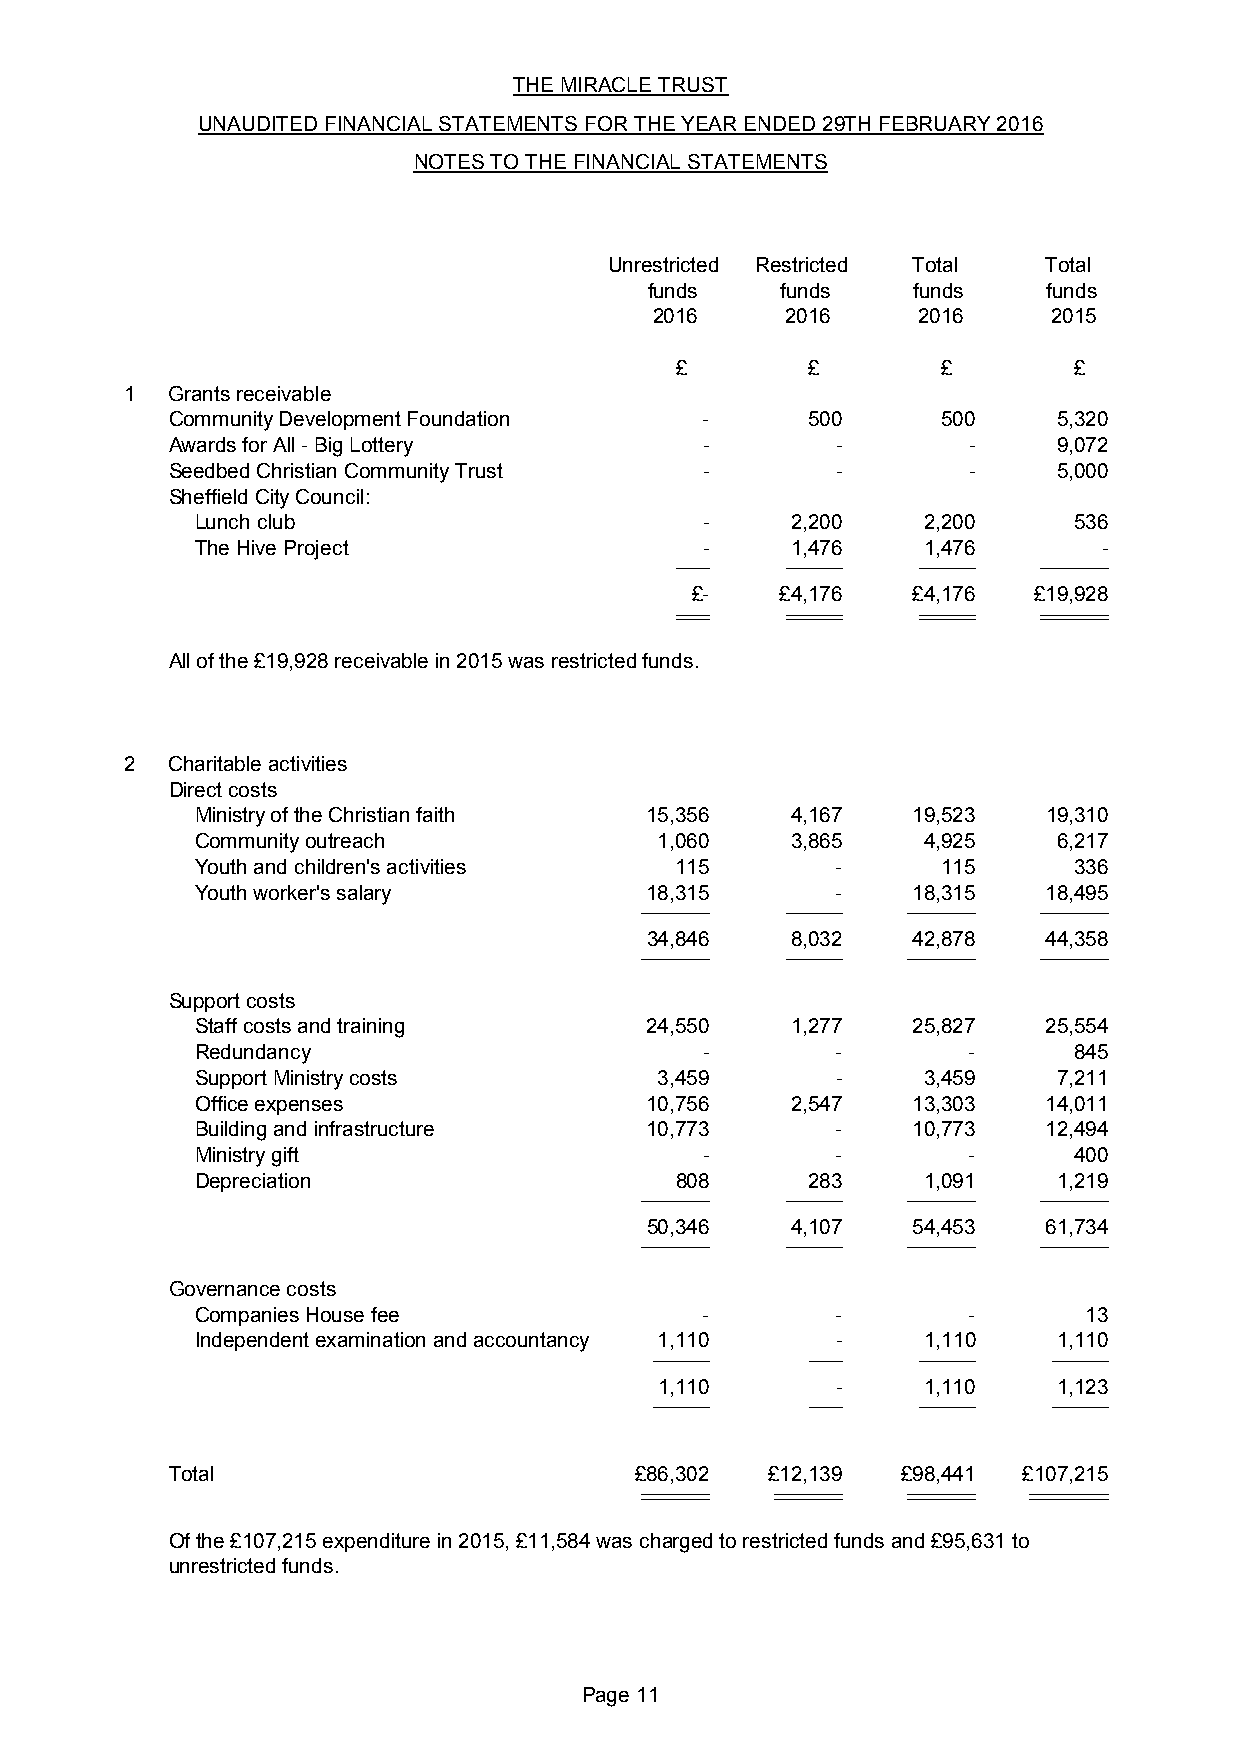
THE MIRACLE TRUST
 UNAUDITED FINANCIAL STATEMENTS FOR THE YEAR ENDED 29TH FEBRUARY 2016
 NOTES TO THE FINANCIAL STATEMENTS
 Unrestricted Restricted Total Total
 funds    funds   funds    funds
 2016     2016     2016     2015
 £        £       £        £
 1  Grants receivable
 Community Development Foundation    -      500     500     5,320
 Awards for All - Big Lottery        -       -        -     9,072
 Seedbed Christian Community Trust   -       -        -     5,000
 Sheffield City Council:
 Lunch club                        -    2,200    2,200     536
 The Hive Project                  -    1,476    1,476       -
 ___    _____    _____   ______
 £-    £4,176  £4,176  £19,928
 ______ __________ __________ ____________
 All of the £19,928 receivable in 2015 was restricted funds.
 2  Charitable activities
 Direct costs
 Ministry of the Christian faith 15,356 4,167   19,523   19,310
 Community outreach             1,060   3,865    4,925    6,217
 Youth and children's activities 115       -      115      336
 Youth worker's salary         18,315      -    18,315   18,495
 ______    _____   ______   ______
 34,846   8,032   42,878   44,358
 ______    _____   ______   ______
 Support costs
 Staff costs and training      24,550   1,277   25,827   25,554
 Redundancy                        -       -        -      845
 Support Ministry costs         3,459      -     3,459    7,211
 Office expenses               10,756   2,547   13,303   14,011
 Building and infrastructure   10,773      -    10,773   12,494
 Ministry gift                     -       -        -      400
 Depreciation                    808      283    1,091    1,219
 ______    _____   ______   ______
 50,346   4,107   54,453   61,734
 ______    _____   ______   ______
 Governance costs
 Companies House fee               -       -        -       13
 Independent examination and accountancy 1,110 - 1,110    1,110
 _____      ___    _____    _____
 1,110      -     1,110    1,123
 _____      ___    _____    _____
 Total                          £86,302  £12,139  £98,441 £107,215
 ____________ ____________ ____________ ______________
 Of the £107,215 expenditure in 2015, £11,584 was charged to restricted funds and £95,631 to
 unrestricted funds.
 Page 11